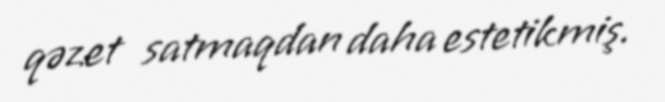
qəzet satmaqdan daha estetikmiş.